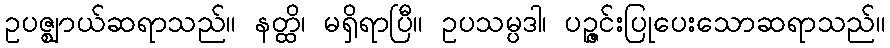
ဥပဇ္ဈာယ်ဆရာသည်။ နတ္ထိ၊ မရှိရာပြီ။ ဥပသမ္ပဒါ၊ ပဉ္ဇင်းပြုပေးသောဆရာသည်။